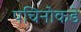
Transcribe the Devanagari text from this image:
पचिनोकडे